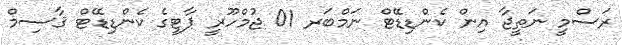
ރަސްމީ ނަތީޖާ އިން ކެންޑިޑޭޓް ނަމްބަރ 01 ޖުމްހޫރީ ޕާޓީގެ ކެންޑިޑޭޓް ޤާސިމް